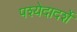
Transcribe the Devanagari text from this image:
पश्येदादर्शे